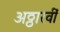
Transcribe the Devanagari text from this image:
अठ्ठारवीं